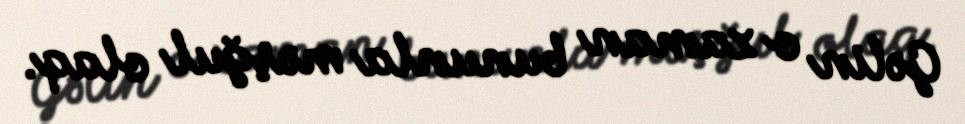
Gəlin o zaman bununla məşğul olaq.